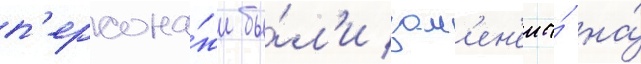
п'ерсона́жи бы́л'и зам'ен'ены́ на́